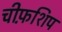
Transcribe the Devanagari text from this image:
चीफ़शिप